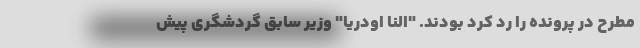
مطرح در پرونده را رد کرد بودند. "النا اودریا" وزیر سابق گردشگری پیش